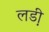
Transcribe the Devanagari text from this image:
लडी़